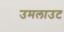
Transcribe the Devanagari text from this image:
उमलाउट